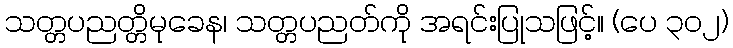
သတ္တပညတ္တိမုခေန၊ သတ္တပညတ်ကို အရင်းပြုသဖြင့်။ (ပေ ၃၀၂)